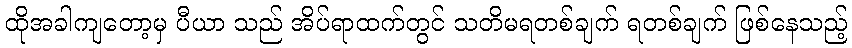
ထိုအခါကျတော့မှ ပီယာ သည် အိပ်ရာထက်တွင် သတိမရတစ်ချက် ရတစ်ချက် ဖြစ်နေသည့်